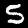
Label: 5